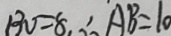
1 3 0 = 8 , \therefore A B = 1 0